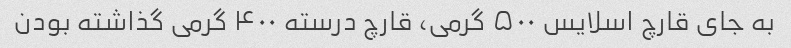
به جای قارچ اسلایس ۵۰۰ گرمی، قارچ درسته ۴۰۰ گرمی گذاشته بودن